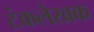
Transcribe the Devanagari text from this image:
टंकलेखक